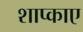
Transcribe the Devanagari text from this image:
शाप्काए